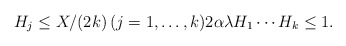
\begin{align*} H_ j \leq X/(2 k) \, (j=1, \dots, k) 2 \alpha \lambda H_1 \cdots H_k \leq1.\end{align*}